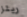
ريتز